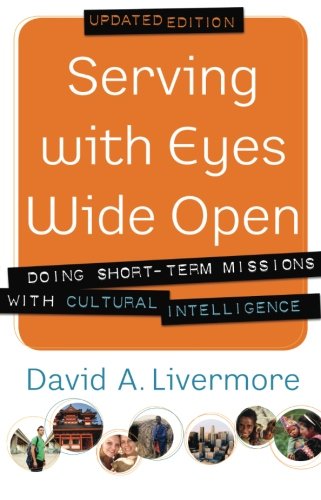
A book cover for Serving with Eyes Wide Open: Doing Short-Term Missions with Cultural Intelligence; David A. Livermore; Christian Books & Bibles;